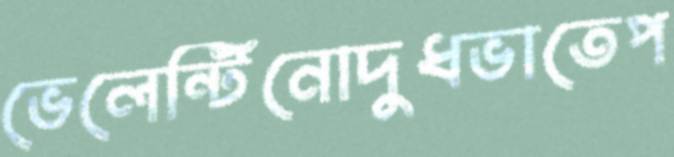
ভেলেন্টিনোদুধভাতেপ